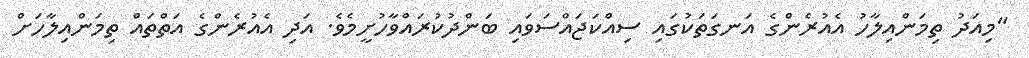
"މިއަދު ތިމަންއިލާހު އެއުރެންގެ އަނގަތަކުގައި ސިއްކަޖައްސަވައި ބަންދުކުރައްވާހުށީމެވެ. އަދި އެއުރެންގެ އަތްތައް ތިމަންއިލާހަށް